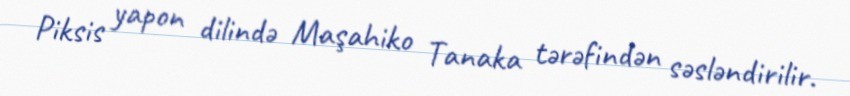
Piksis yapon dilində Maşahiko Tanaka tərəfindən səsləndirilir.